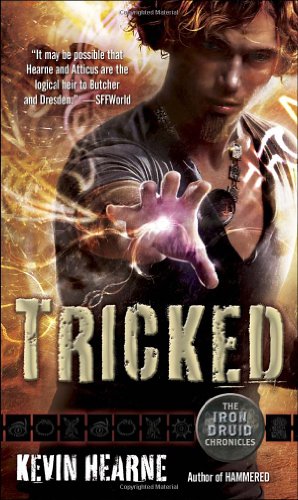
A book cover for Tricked (Iron Druid Chronicles); Kevin Hearne; Literature & Fiction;